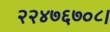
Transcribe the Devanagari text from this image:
२२४७६७०८।